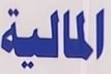
المالیة